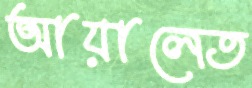
আয়ালেত